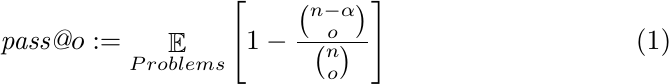
\begin{equation}
\label{eq:mertric_pass@o}
\textit{pass@$o$}:=\mathop{\mathbb{E}}_{Problems} \left[1-\frac{{\binom{n-\alpha}{o}}}{\binom{n}{o}} \right]
\end{equation}